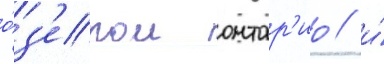
о́з'ером онтар'ио / и́